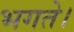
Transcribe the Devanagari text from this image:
भगते।